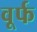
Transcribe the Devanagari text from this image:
वूर्फ